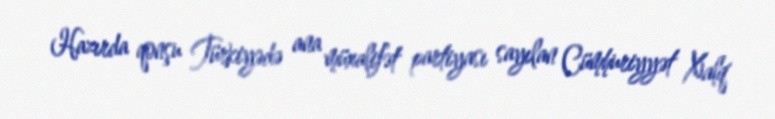
Hazırda qonşu Türkiyədə ana müxalifət partiyası sayılan Cümhuriyyət Xalq